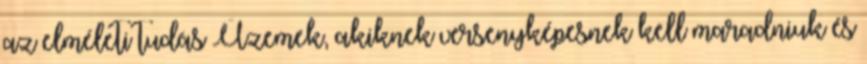
az elméleti tudás Üzemek, akiknek versenyképesnek kell maradniuk és